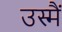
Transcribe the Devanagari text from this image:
उस्मैं